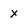
Character: X